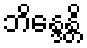
ဘိန္ဒေန္တိ